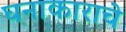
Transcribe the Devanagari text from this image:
घनाकाराचे